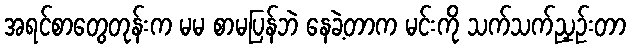
အရင်စာတွေတုန်းက မမ စာမပြန်ဘဲ နေခဲ့တာက မင်းကို သက်သက်ညှဉ်းတာ